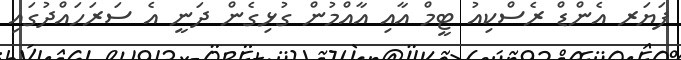
ފަަޔަރ އެންޑް ރެސްކިއު ޓީމް އާއި އާއްމުން ގުޅިގެން ދަނީ އެ ސަަރަހައްދުގައި